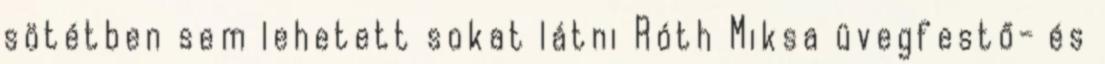
sötétben sem lehetett sokat látni Róth Miksa üvegfestő- és